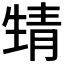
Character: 𩇛